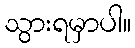
သွားရမှာပါ။